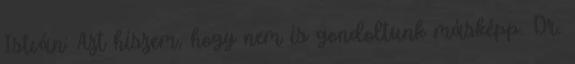
István: Azt hiszem, hogy nem is gondoltunk másképp. Dr.